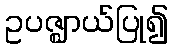
ဥပဇ္ဈာယ်ပြု၍